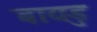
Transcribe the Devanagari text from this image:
बायडु